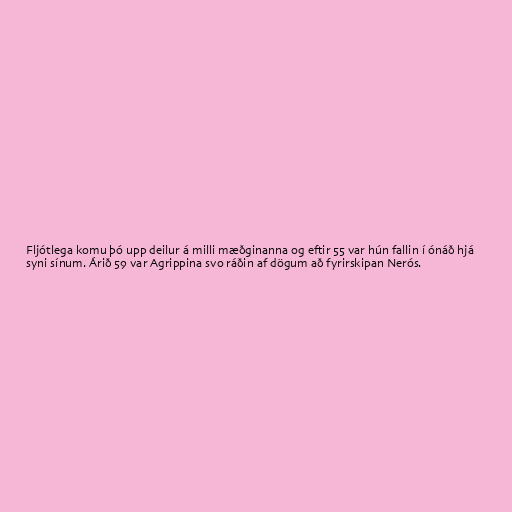
Fljótlega komu þó upp deilur á milli mæðginanna og eftir 55 var hún fallin í ónáð hjá
syni sínum. Árið 59 var Agrippina svo ráðin af dögum að fyrirskipan Nerós.